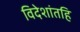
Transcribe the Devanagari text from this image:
विदेशांतहि